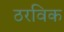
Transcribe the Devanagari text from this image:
ठरविक